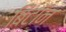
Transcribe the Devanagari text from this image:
बिटॉन